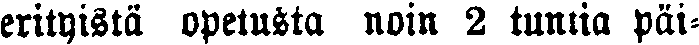
erityistä opetusta noin 2 tuntia päi-